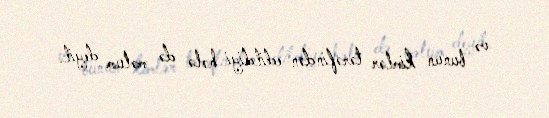
və bunun kimlər tərəfindən edildiyi hələ də məlum deyil.